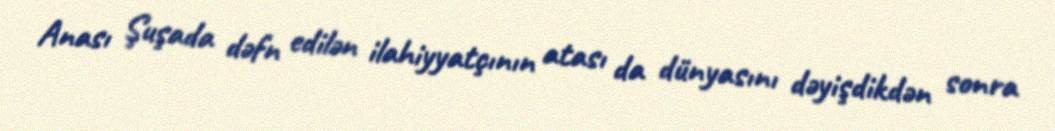
Anası Şuşada dəfn edilən ilahiyyatçının atası da dünyasını dəyişdikdən sonra